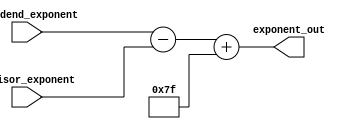
module Exponent_sub(Dividend_exponent,Divisor_exponent,exponent_out);
input[7:0] Dividend_exponent,Divisor_exponent;
output reg[7:0] exponent_out;
always @(*) begin
  exponent_out=Dividend_exponent-Divisor_exponent+8'b01111111;
end
endmodule
module Division_float(Dividend,Divisor,Quotient);
input[22:0] Divisor,Dividend;
output reg[22:0] Quotient;
reg[23:0] tempDivisor,tempDividend,temp;
reg[4:0] shiftDivisor,shiftDividend,shiftQuotient;
integer count;
always @(Divisor,Dividend) begin
    shiftDivisor=5'b0;
    shiftDividend=5'b0;
    shiftQuotient=5'b11000;
    temp=24'b0;
    tempDivisor={1'b1,Divisor};
    tempDividend={1'b1,Dividend};
    while(tempDivisor[shiftDivisor]==1'b0)begin
      shiftDivisor=shiftDivisor+1;
    end
    while(tempDividend[shiftDividend]==1'b0)begin
      shiftDividend=shiftDividend+1;
    end
    tempDivisor=tempDivisor>>shiftDivisor;
    tempDividend=tempDividend>>shiftDividend;
    for(count=0;count<24;count=count+1)
        begin
        temp=temp<<1;
      temp[0]=tempDividend[23];
      tempDividend=tempDividend<<1;
      if(temp>=tempDivisor)begin
        temp=temp-tempDivisor;
        tempDividend[0]=1'b1;
      end
      else begin
        tempDividend[0]=1'b0;
      end
        end
        while(tempDividend[shiftQuotient-1]==1'b0 && shiftQuotient>5'b00000)begin
          shiftQuotient=shiftQuotient-1;
        end
        if(shiftQuotient==5'b00000)begin
      shiftQuotient=5'b0;
    end
    else begin
        shiftQuotient=5'b11000-shiftQuotient+1;
    end
        tempDividend=tempDividend<<shiftQuotient;
        Quotient=tempDividend[22:0];
end
endmodule
module FPD_32(Divisor,Dividend,Quotient);
input[31:0] Divisor,Dividend;
output [31:0] Quotient;
assign Quotient[31]=Dividend[31] ^ Divisor[31];
Exponent_sub E1(Dividend[30:23],Divisor[30:23],Quotient[30:23]);
Division_float D1(Dividend[22:0],Divisor[22:0],Quotient[22:0]);
endmodule